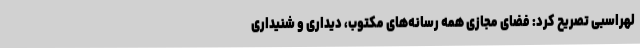
لهراسبی تصریح کرد: فضای مجازی همه‌ رسانه‌های مکتوب، دیداری و شنیداری